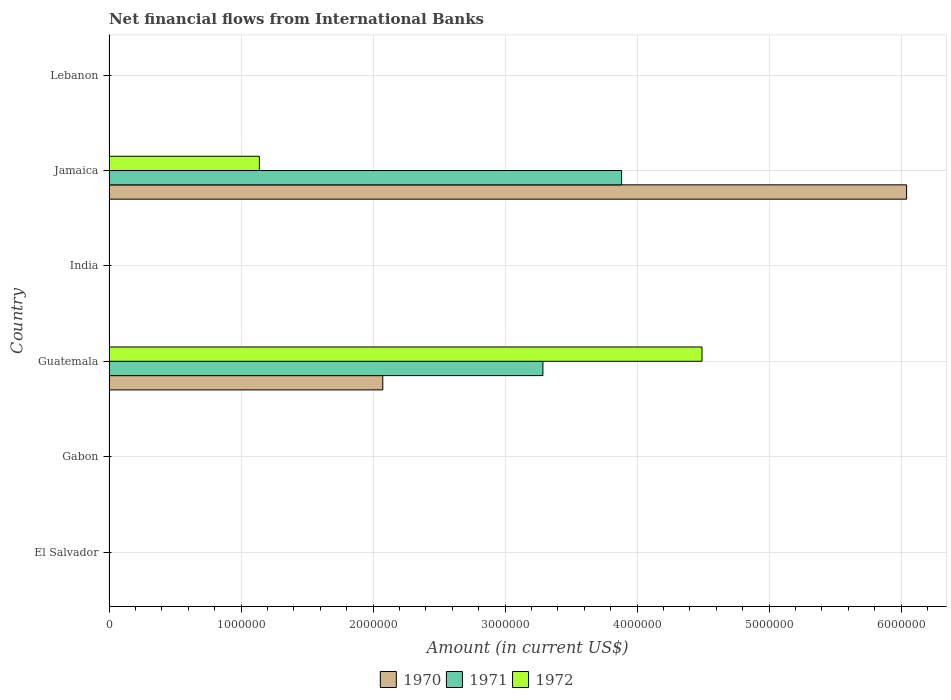
| Country | 1970 | 1971 | 1972 |
 | --- | --- | --- | --- |
 | El Salvador | -9.92e+05 | -1.09e+06 | -1.48e+06 |
 | Gabon | -9.65e+05 | -1.68e+06 | -3.54e+06 |
 | Guatemala | 2.07e+06 | 3.29e+06 | 4.49e+06 |
 | India | -1.02e+07 | -1.64e+07 | -1.96e+06 |
 | Jamaica | 6.04e+06 | 3.88e+06 | 1.14e+06 |
 | Lebanon | -1.4e+06 | -1.47e+06 | -1.54e+06 |